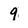
Character: 9